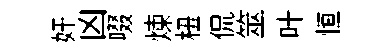
奸凶啜煉杻侃筮叶恒